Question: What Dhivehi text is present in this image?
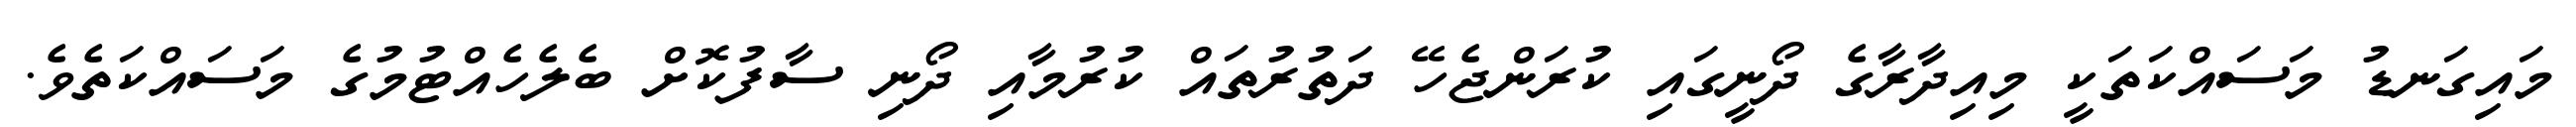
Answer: މައިގަނޑު މަސައްކަތަކީ މިއިދާރާގެ ދޯނީގައި ކުރަންޖެހޭ ދަތުރުތައް ކުރުމާއި ދޯނި ސާފުކޮށް ބެލެހެއްޓުމުގެ މަސައްކަތެވެ.